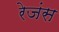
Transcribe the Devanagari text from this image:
रेजंस